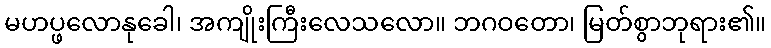
မဟပ္ဖလောနုခေါ၊ အကျိုးကြီးလေသလော။ ဘဂဝတော၊ မြတ်စွာဘုရား၏။